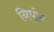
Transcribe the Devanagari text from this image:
निघोन